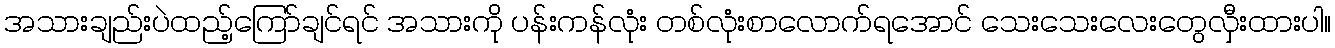
အသားချည်းပဲထည့်ကြော်ချင်ရင် အသားကို ပန်းကန်လုံး တစ်လုံးစာလောက်ရအောင် သေးသေးလေးတွေလှီးထားပါ။